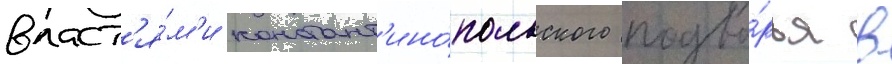
власт'я́м'и констант'ино́польского подво́рья в